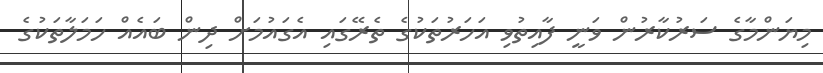
މިޔަންމާގެ ސަރުކާރުން ވަނީ ފާއިތުވި އަހަރުތަކުގެ ތެރޭގައި އެގައުމަށް ދިން ބައެއް ހަަމަލާތަކުގެ